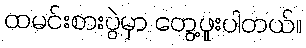
ထမင်းစားပွဲမှာ တွေ့ဖူးပါတယ်။